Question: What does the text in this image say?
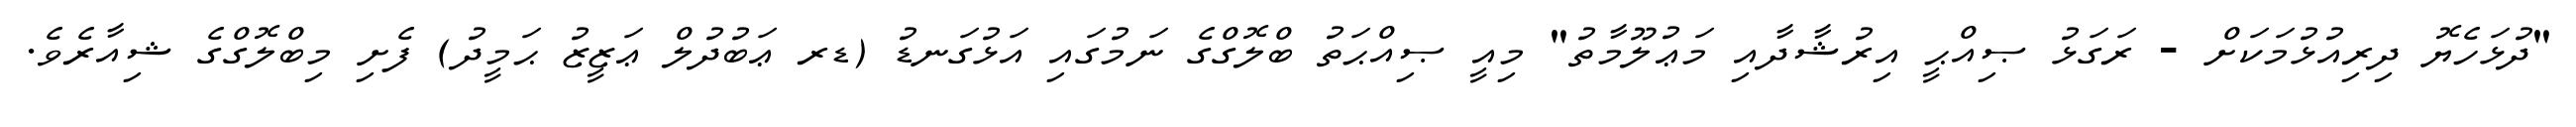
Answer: "ދުޅަހެޔޮ ދިރިއުޅުމަކަށް - ރަގަޅު ޞިއްޙީ އިރުޝާދާއި މަޢުލޫމާތު" މިއީ ޞިއްޙަތު ބްލޮގްގެ ނަމުގައި އަޅުގަނޑު (ޑރ ޢަބުދުލް ޢަޒީޒު ޙަމީދު) ފެށި މިބްލޮގްގެ ޝިއާރެވެ.